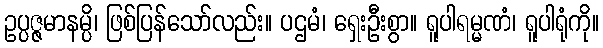
ဥပ္ပဇ္ဇမာနမ္ပိ၊ ဖြစ်ပြန်သော်လည်း။ ပဌမံ၊ ရှေးဦးစွာ။ ရူပါရမ္မဏံ၊ ရူပါရုံကို။